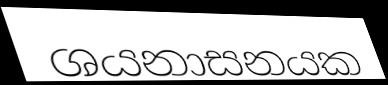
ශයනාසනයක